Punjab Mental Hospital Lahore 1922-31 - 1922-1931
Year: 1922
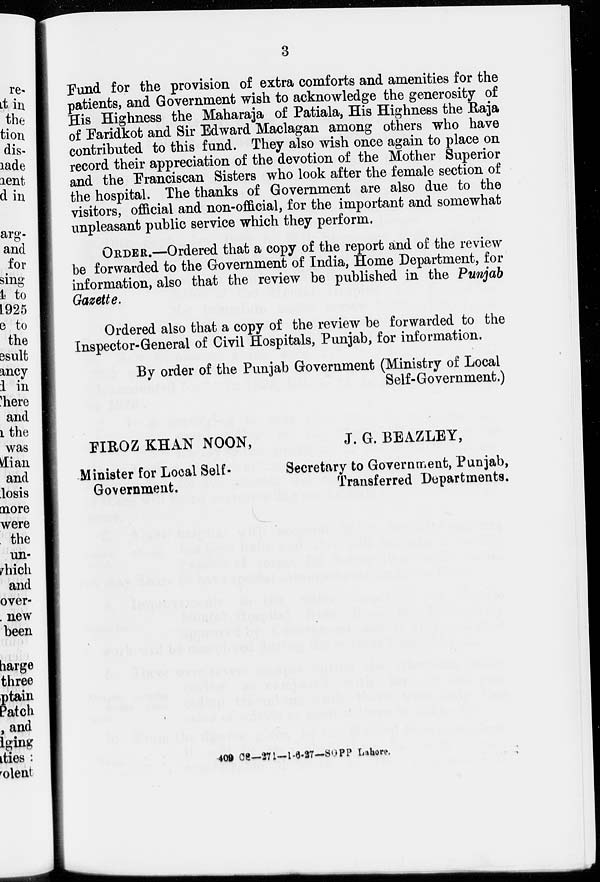
3
Fund for the provision of extra comforts and amenities for the
patients, and Government wish to acknowledge the generosity of
His Highness the Maharaja of Patiala, His Highness the Raja
of Faridkot and Sir Edward Maclagan among others who have
contributed to this fund. They also wish once again to place on
record their appreciation of the devotion of the Mother Superior
and the Franciscan Sisters who look after the female section of
the hospital. The thanks of Government are also due to the
visitors, official and non-official, for the important and somewhat
unpleasant public service which they perform.
ORDER.—Ordered that a copy of the report and of the review
be forwarded to the Government of India, Home Department, for
information, also that the review be published in the Punjab
Gazette.
Ordered also that a copy of the review be forwarded to the
Inspector-General of Civil Hospitals, Punjab, for information.
By order of the Punjab Government (Ministry of Local
Self-Government.)
FIROZ KHAN NOON,
J. G. BEAZLEY,
Minister for Local Self-
Secretary to Government, Punjab,
Government.
Transferred Departments.
409 CS—271—1-6-27—SGPP Lahore.